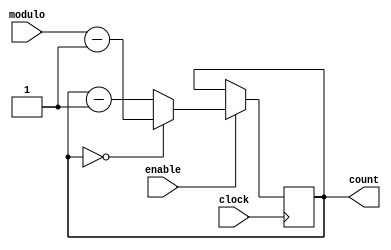
module Modulo_N_Down_Counter(
    input wire clock,
    input wire enable,
    input wire [7:0] modulo,
    output reg [7:0] count
);

always @(posedge clock) begin
    if(enable) begin
        if(count == 0) begin
            count <= modulo - 1;
        end else begin
            count <= count - 1;
        end
    end
end

endmodule